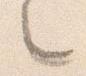
之